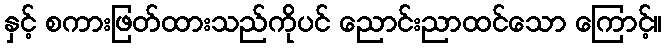
နှင့် စကားဖြတ်ထားသည်ကိုပင် ညောင်းညာထင်သော ကြောင့်။